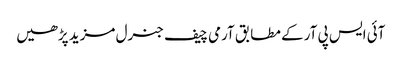
آئی ایس پی آر کے مطابق آرمی چیف جنرل مزید پڑھیں